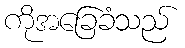
ကိုအခြေခံသည်